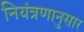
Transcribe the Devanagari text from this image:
नियंत्रणानुसार